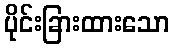
ပိုင်းခြားထားသော